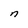
Character: n